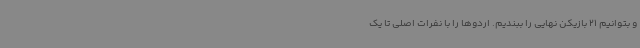
و بتوانیم 21 بازیکن نهایی را ببندیم. اردوها را با نفرات اصلی تا یک